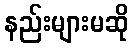
နည်းများမဆို